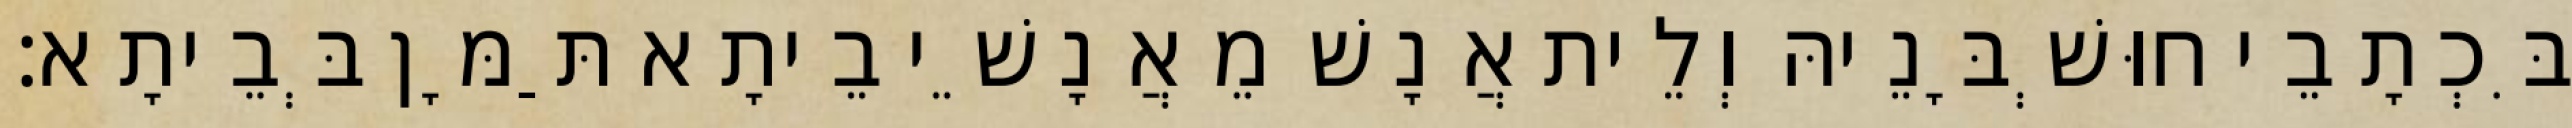
בִּכְתָבֵי חוּשְׁבָּנֵיהּ וְלֵית אֲנָשׁ מֵאֲנָשֵׁי בֵיתָא תַּמָּן בְּבֵיתָא׃